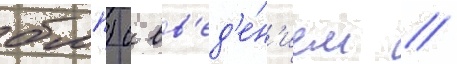
бмп) с вв'ед'е́н'ием //